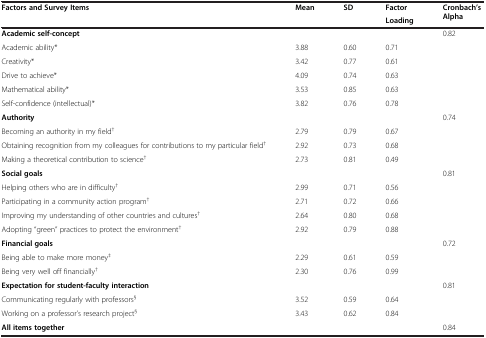
| Factors and Survey Items | Mean | SD | Factor | Cronbach’s Alpha |
 | <COLSPAN=3>  | Loading |  |
 | --- | --- | --- | --- | --- |
 | Academic self-concept |  |  |  | 0.82 |
 | Academic ability* | 3.88 | 0.60 | 0.71 |  |
 | Creativity* | 3.42 | 0.77 | 0.61 |  |
 | Drive to achieve* | 4.09 | 0.74 | 0.63 |  |
 | Mathematical ability* | 3.53 | 0.85 | 0.63 |  |
 | Self-confidence (intellectual)* | 3.82 | 0.76 | 0.78 |  |
 | Authority |  |  |  | 0.74 |
 | Becoming an authority in my field† | 2.79 | 0.79 | 0.67 |  |
 | Obtaining recognition from my colleagues for contributions to my particular field† | 2.92 | 0.73 | 0.68 |  |
 | Making a theoretical contribution to science† | 2.73 | 0.81 | 0.49 |  |
 | Social goals |  |  |  | 0.81 |
 | Helping others who are in difficulty† | 2.99 | 0.71 | 0.56 |  |
 | Participating in a community action program† | 2.71 | 0.72 | 0.66 |  |
 | Improving my understanding of other countries and cultures† | 2.64 | 0.80 | 0.68 |  |
 | Adopting "green" practices to protect the environment† | 2.92 | 0.79 | 0.88 |  |
 | Financial goals |  |  |  | 0.72 |
 | Being able to make more money‡ | 2.29 | 0.61 | 0.59 |  |
 | Being very well off financially† | 2.30 | 0.76 | 0.99 |  |
 | Expectation for student-faculty interaction |  |  |  | 0.81 |
 | Communicating regularly with professors§ | 3.52 | 0.59 | 0.64 |  |
 | Working on a professor’s research project§ | 3.43 | 0.62 | 0.84 |  |
 | All items together |  |  |  | 0.84 |